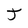
Character: J